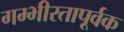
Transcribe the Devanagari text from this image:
गम्भीरतापूर्वक